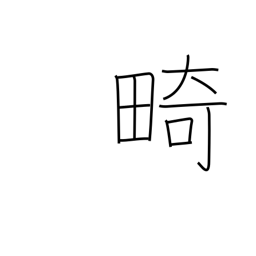
Meaning: cripple